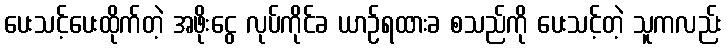
ပေးသင့်ပေးထိုက်တဲ့ အဖိုးငွေ လုပ်ကိုင်ခ ယာဉ်ရထားခ စသည်ကို ပေးသင့်တဲ့ သူကလည်း